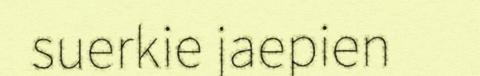
suerkie jaepien